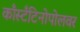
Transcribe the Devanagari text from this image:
काँस्टँटिनोपोलवर